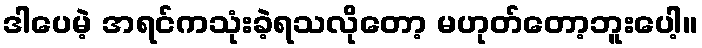
ဒါပေမဲ့ အရင်ကသုံးခဲ့ရသလိုတော့ မဟုတ်တော့ဘူးပေါ့။